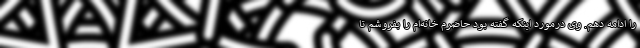
را ادامه دهم. وی درمورد اینکه گفته بود حاضرم خانه‌ام را بفروشم تا